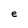
Character: e